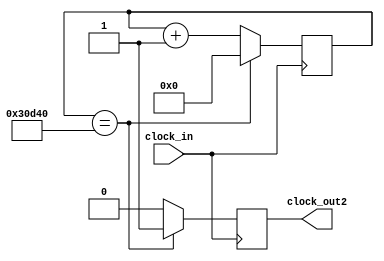
`timescale 1ns / 1ps
//////////////////////////////////////////////////////////////////////////////////
// Company: 
// Engineer: 
// 
// Design Name: 
// Module Name: clockdivider
// Project Name: 
// Target Devices: 
// Tool Versions: 
// Description: 
// 
// Dependencies: 
// 
// Revision:
// Revision 0.01 - File Created
// Additional Comments:
// 
//////////////////////////////////////////////////////////////////////////////////


module clockdivider(clock_out2,clock_in);
  input clock_in;
  output clock_out2;
  
  reg [17:0]R;
  reg clock_out1;
  reg clock_out2;
  always @ (posedge clock_in)begin
    if(R==200000)begin
          clock_out2<=1;
          R<=0;
    end
    else begin
          clock_out2<=0;
          R<=R+1;
    end
    
  end
endmodule